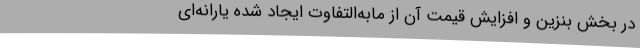
در بخش بنزین و افزایش قیمت آن از مابه‌التفاوت ایجاد شده یارانه‌ای